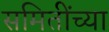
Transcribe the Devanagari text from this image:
समितींच्या